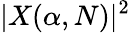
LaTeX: |X(\alpha,N)|^{2}